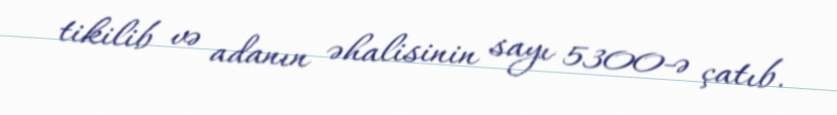
tikilib və adanın əhalisinin sayı 5300-ə çatıb.